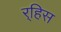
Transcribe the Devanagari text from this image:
र्‍हिस